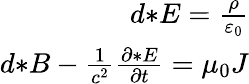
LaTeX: \begin{array}{r}{d{*}E={\frac{\rho}{\varepsilon_{0}}}}\\ {d{*}B-{\frac{1}{c^{2}}}{\frac{\partial{*}E}{\partial t}}={\mu_{0}}J}\end{array}